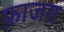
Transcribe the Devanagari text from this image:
फ़ाजरा